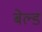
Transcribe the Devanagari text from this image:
बेल्ड